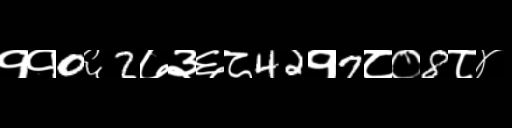
Text: ११0६2७३६८42१7८०8८४